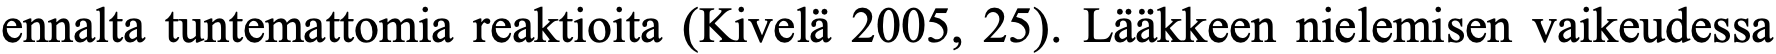
ennalta tuntemattomia reaktioita (Kivelä 2005, 25). Lääkkeen nielemisen vaikeudessa